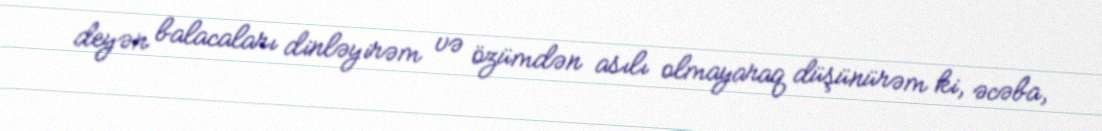
deyən balacaları dinləyirəm və özümdən asılı olmayaraq düşünürəm ki, əcəba,